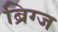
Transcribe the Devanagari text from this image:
ब्रिग्ज